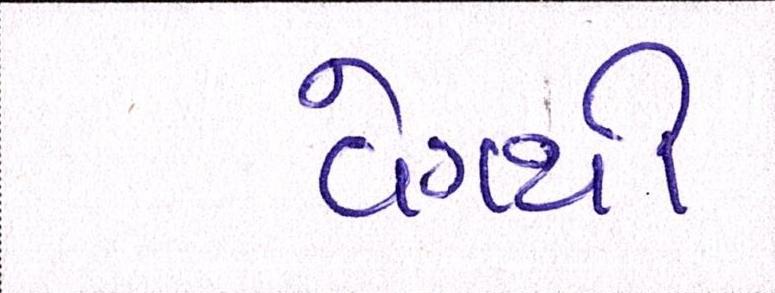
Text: વેગથી